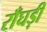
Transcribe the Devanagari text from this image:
राँघड़ी